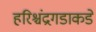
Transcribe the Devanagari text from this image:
हरिश्चंद्रगडाकडे